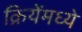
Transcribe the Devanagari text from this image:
क्रियेंमध्ये